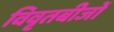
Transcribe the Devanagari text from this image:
विवृतबीजों